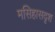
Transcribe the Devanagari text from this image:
मसिहासदृश